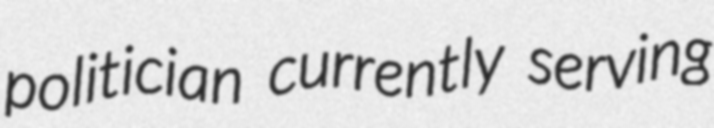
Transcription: politician currently serving